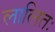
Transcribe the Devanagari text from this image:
लालितः